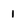
Character: i